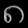
Digit: ၈